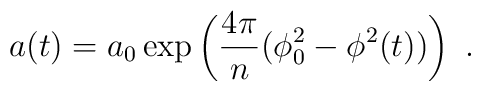
a(t) = a_0 \exp \left({4 \pi\over n}(\phi^2_0 - \phi^2(t))\right) \ .